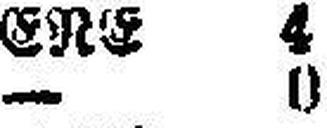
— 0